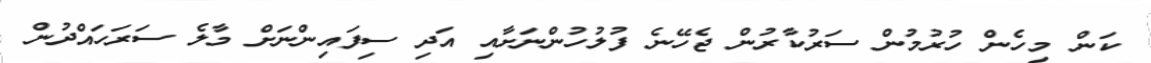
ކަން މިހެން ހުރުމުން ސަރުކާރުން ޖެހޭނެ ފުލުހުންނަށާއި އަދި ސިފައިންނަށް މާލެ ސަރަހައްދުން